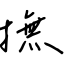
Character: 撫